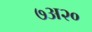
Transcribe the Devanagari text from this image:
७अ२०